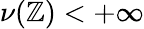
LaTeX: \nu(\mathbb{Z})<+\infty